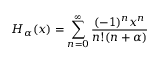
H _ { \alpha } ( x ) = \sum _ { n = 0 } ^ { \infty } \frac { ( - 1 ) ^ { n } x ^ { n } } { n ! ( n + \alpha ) }